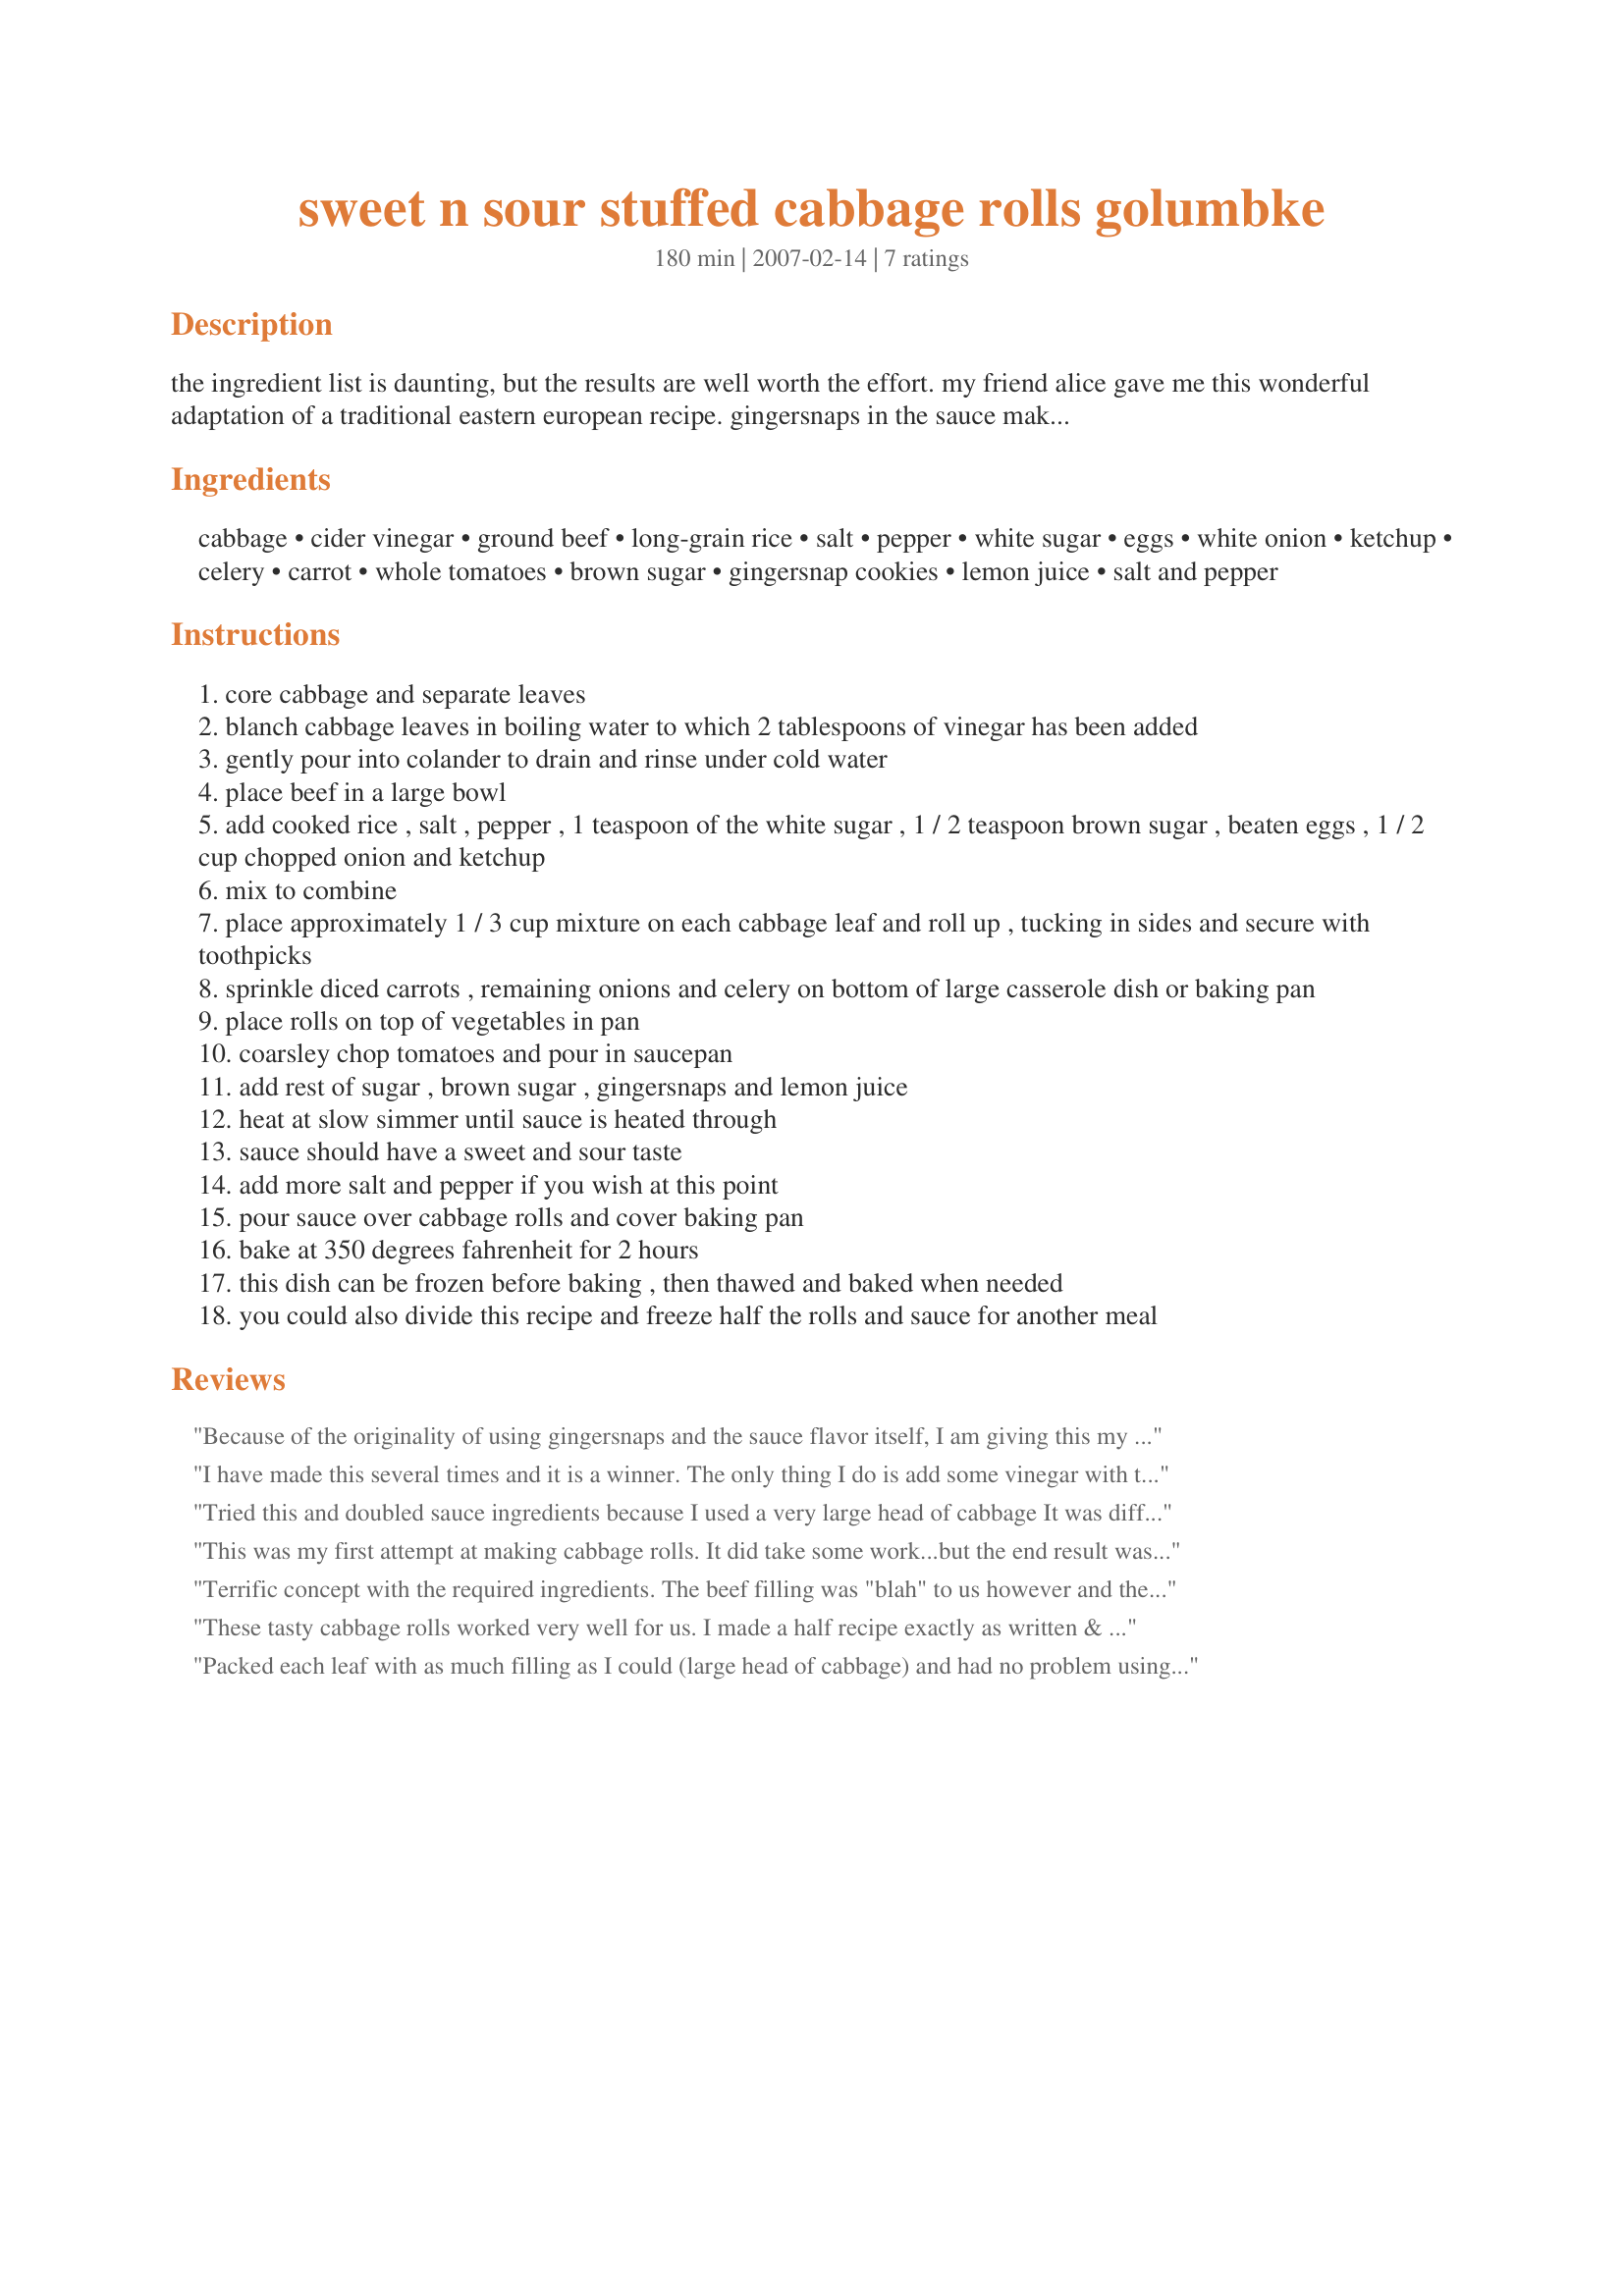
sweet n sour stuffed cabbage rolls golumbke
Preparation time: 180 minutes

the ingredient list is daunting, but the results are well worth the effort. my friend alice gave me this wonderful adaptation of a traditional eastern european recipe. gingersnaps in the sauce make this a cut above my hubby's polish grandmother's "golumbke". when served with mashed potatoes, crusty bread, and a fruit salad or vegetable of your choice you will have the ultimate in comfort food! (5/28/07: i have increased sauce quantities, since amount of sauce needed varies on how much cabbage is stuffed and size of cabbage head. this quantity will, i am sure, be plenty to cover all the bases!)

Ingredients:
cabbage, cider vinegar, ground beef, long-grain rice, salt, pepper, white sugar, eggs, white onion, ketchup, celery, carrot, whole tomatoes, brown sugar, gingersnap cookies, lemon juice, salt and pepper

Steps:
core cabbage and separate leaves
blanch cabbage leaves in boiling water to which 2 tablespoons of vinegar has been added
gently pour into colander to drain and rinse under cold water
place beef in a large bowl
add cooked rice , salt , pepper , 1 teaspoon of the white sugar , 1 / 2 teaspoon brown sugar , beaten eggs , 1 / 2 cup chopped onion and ketchup
mix to combine
place approximately 1 / 3 cup mixture on each cabbage leaf and roll up , tucking in sides and secure with toothpicks
sprinkle diced carrots , remaining onions and celery on bottom of large casserole dish or baking pan
place rolls on top of vegetables in pan
coarsley chop tomatoes and pour in saucepan
add rest of sugar , brown sugar , gingersnaps and lemon juice
heat at slow simmer until sauce is heated through
sauce should have a sweet and sour taste
add more salt and pepper if you wish at this point
pour sauce over cabbage rolls and cover baking pan
bake at 350 degrees fahrenheit for 2 hours
this dish can be frozen before baking , then thawed and baked when needed
you could also divide this recipe and freeze half the rolls and sauce for another meal

Reviews:
Because of the originality of using gingersnaps and the sauce flavor itself, I am giving this my highest rating. Having leftover filling does not detract from the originality of the recipe, and since the recipe clearly states salt and pepper can be adjusted and the recipe should have a sweet/sour flavor, my adding a bit more lemon juice, salt and pepper did not change the intent of the recipe. My head of cabbage was medium to smaller-sized, so if that is in the case next time, I will use two.
I have made this several times and it is a winner. The only thing I do is add some vinegar with the tomatoes for the sauce. The gingersnaps really put this over the top. It takes a bit of work but is worth it. You could probably omit the carrots and celery but give it a try as is first.
Tried this and doubled sauce ingredients because I used a very large head of cabbage It was different and tastier than others I've made and was a hit at a recent family gathering. Next time I'll make two pans and freeze one for another meal.
This was my first attempt at making cabbage rolls. It did take some work...but the end result was very good. I also had to make some meatballs because there was too much filling for my cabbage leaves. I would prefer more spices but the mild sweet and sour flavor was very nice. If I made it again I would double the sauce and add some tomato sauce to it.
Terrific concept with the required ingredients. The beef filling was "blah" to us however and there was too much; I needed more cabbage. It also needed much, much more sauce. Ours was cooked after an hour and a half and would have been dried to a crisp after two hours. We ate the leftovers with a big can of tomato sauce we spiced up and they were great. I love the gingersnap idea and know this can easily be made a five star recipe.
These tasty cabbage rolls worked very well for us. I made a half recipe exactly as written & DH esp liked them. I thought they might benefit from more salt & even some garlic. A truly good balance of sweet to sour is hard to achieve, but you hit it just right! Pls see my rating system. This is a very worthy 4*. Thx for sharing your creation w/us.
Packed each leaf with as much filling as I could (large head of cabbage) and had no problem using all the filling. Gingersnaps gave dish an unusual and wonderful flavor.
